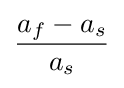
{\frac {a_{f}-a_{s}}{a_{s}}}